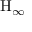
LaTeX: \mathrm { H } _ { \infty }